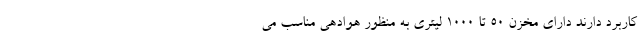
کاربرد دارند دارای مخزن ۵۰ تا ۱۰۰۰ لیتری به منظور هوادهی مناسب می